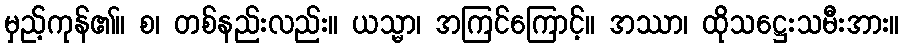
မှည့်ကုန်၏။ စ၊ တစ်နည်းလည်း။ ယသ္မာ၊ အကြင်ကြောင့်။ အဿာ၊ ထိုသဋ္ဌေးသမီးအား။